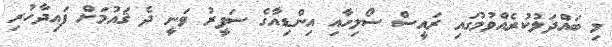
މި ބައްދަލުކުރެއްވުމުގައި ރައީސް ސޯލިހާއި އިންޑިއާގެ ސަފީރު ވަނީ ދެ ޤައުމަށް ފައިދާހުރި